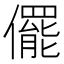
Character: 𠐌